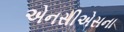
એનસીએસના